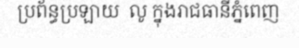
ប្រព័ន្ធប្រឡាយ  លូ ក្នុងរាជធានីភ្នំពេញ